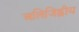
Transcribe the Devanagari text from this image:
अलिजिह्वीय